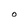
Character: O